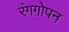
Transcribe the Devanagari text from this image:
रंगगोपन